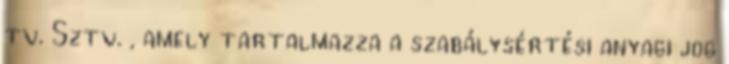
tv. Sztv. , amely tartalmazza a szabálysértési anyagi jog